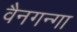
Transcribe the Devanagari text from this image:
वैनगन्गा